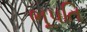
ભૂપતિ